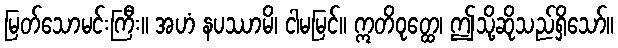
မြတ်သောမင်းကြီး။ အဟံ နပဿာမိ၊ ငါမမြင်။ ဣတိဝုတ္ထေ၊ ဤသို့ဆိုသည်ရှိသော်။